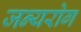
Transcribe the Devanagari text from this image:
जन्‍यरोग